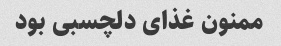
ممنون غذای دلچسبی بود